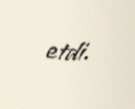
etdi.